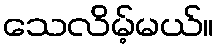
သေလိမ့်မယ်။